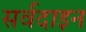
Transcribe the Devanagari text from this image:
सर्वदाइन